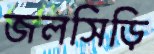
জলসিড়ি